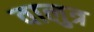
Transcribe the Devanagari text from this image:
वालुत्र